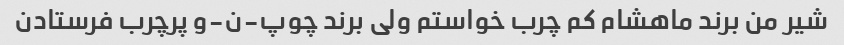
شیر من برند ماهشام کم چرب خواستم ولی برند چوپ-ن-و پرچرب فرستادن